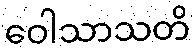
ဝေါသာသတိ